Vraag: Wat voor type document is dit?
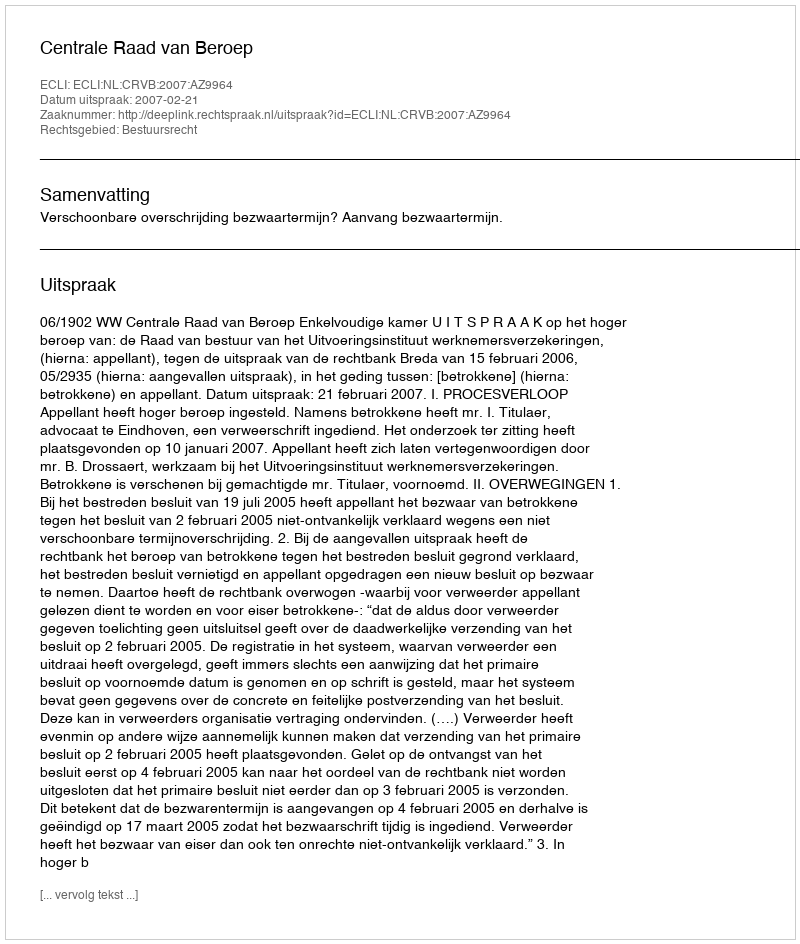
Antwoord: Uitspraak